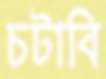
চটাবি